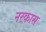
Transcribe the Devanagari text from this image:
नरकास